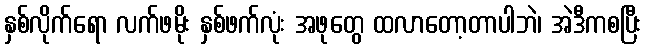
နှစ်လိုက်ရော လက်ဖမိုး နှစ်ဖက်လုံး အဖုတွေ ထလာတော့တာပါဘဲ၊ အဲဒီကစပြီး